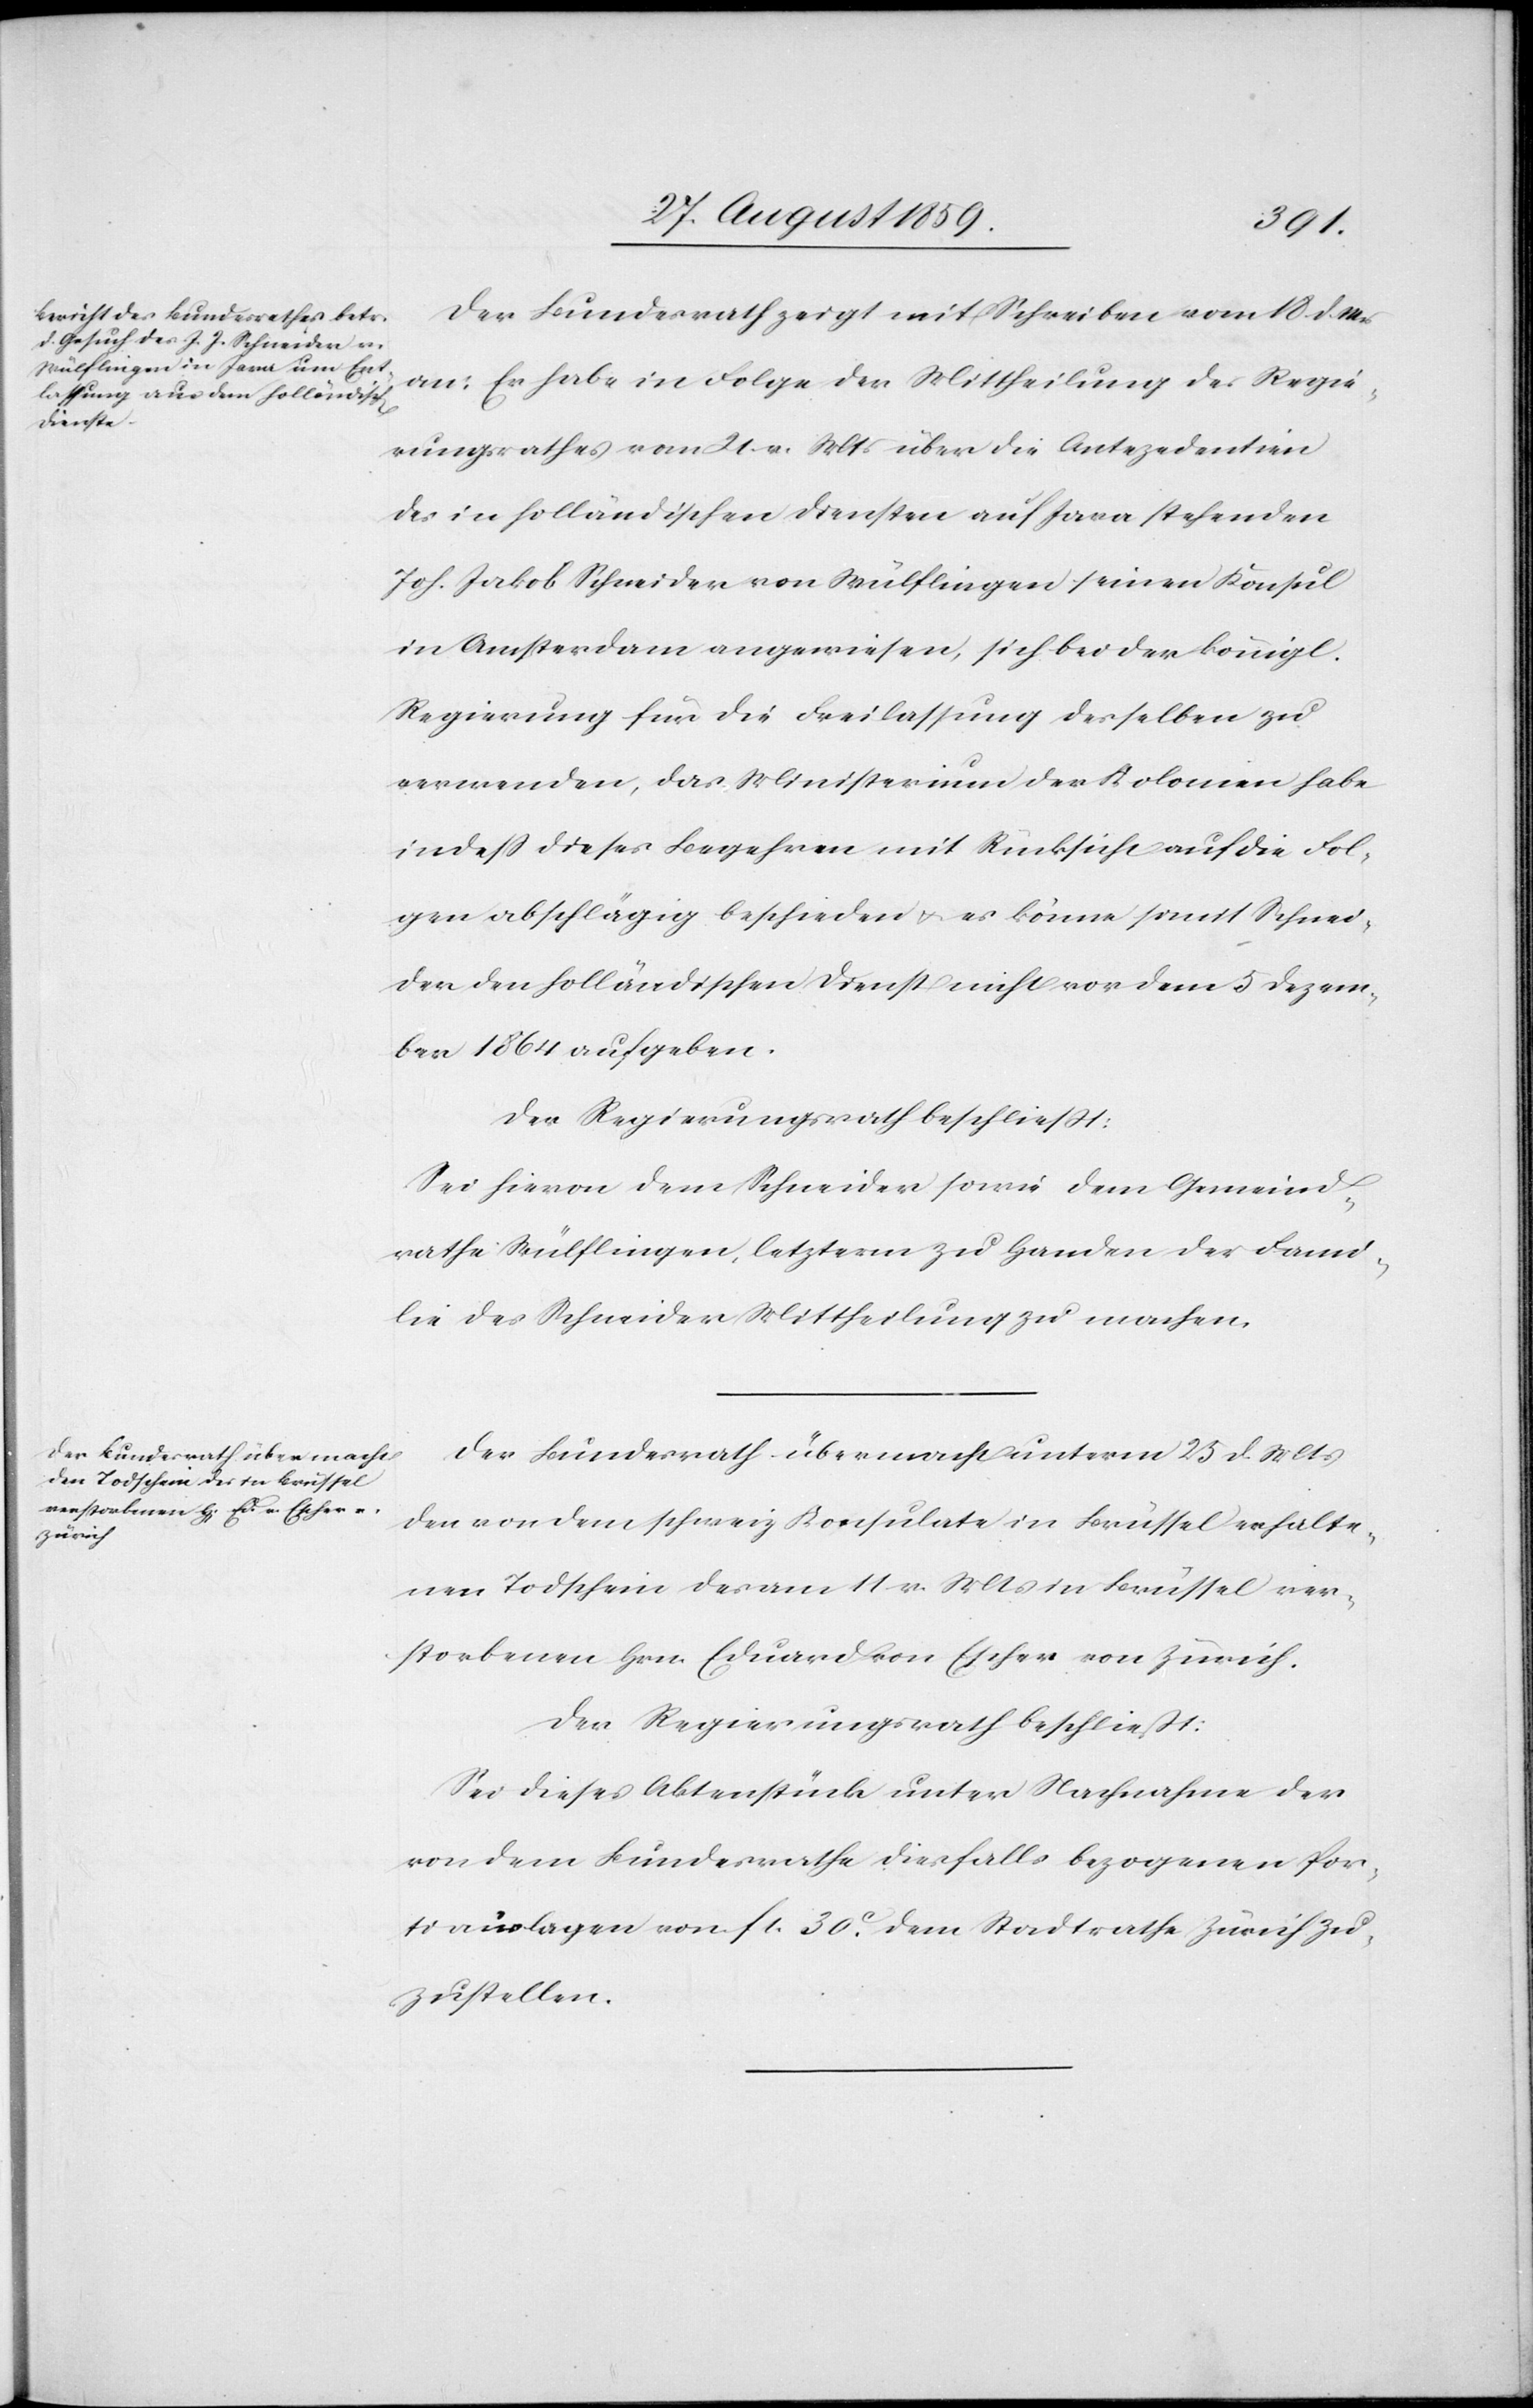
Der Bundesrath zeigt mit Schreiben vom 18. d.
an: Er habe in Folge der Mittheilung des Regie¬
rungsrathes vom 21. v. Mts. über die Antezedentien
des in holländischen Diensten auf Java stehenden
Joh. Jakob Schneider von Wülflingen seinen Konsul
in Amsterdam angewiesen, sich bei der königl.
Regierung für die Freilassung desselben zu
verwenden, das Ministerium der Kolonien habe
indeß dieses Begehren mit Rücksicht auf die Fol¬
gen abschlägig beschieden & es könne somit Schnei¬
der den holländischen Dienst nicht vor dem 5 Dezem¬
ber 1864 aufgeben.
Der Regierungsrath beschließt:
Sei hievon dem Schneider sowie dem Gemeind¬
rathe Wülflingen, letzterm zu Handen der Fami¬
lie des Schneider Mittheilung zu machen.
Der Bundesrath übermacht unterm 25. d. Mts.
den von dem schweiz. Konsulate in Brüssel erhalte¬
nen Todschein des am 11 v. Mts. in Brüssel ver¬
storbenen Hrn. Eduard von Escher von Zürich.
Der Regierungsrath beschließt:
Sei dieses Aktenstück unter Nachnahme der
von dem Bundesrathe diesfalls bezogenen Pro¬
tiauslagen von f. 1. 30c. dem Stadtrathe Zürich zu¬
zustellen.